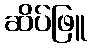
ဆိပ်ဖြူ